Indian journal of veterinary science and animal husbandry - Volumes 24-25, 1954-1955
Year: 1954
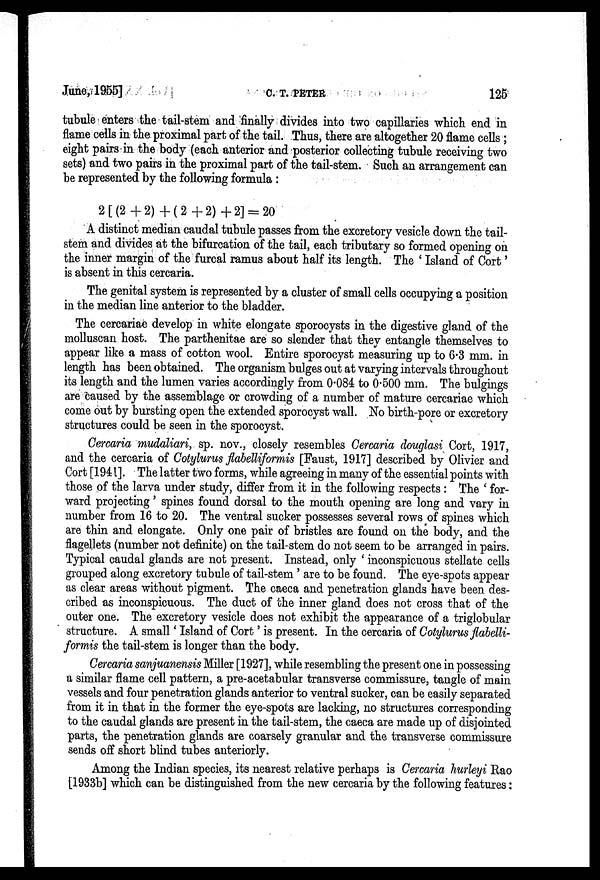
June, 1955]
C.
T.
PETER
125
tubule enters the tail-stem and finally divides into two capillaries which end in
flame cells in the proximal part of the tail. Thus, there are altogether 20 flame cells ;
eight pairs in the body (each anterior and posterior collecting tubule receiving two
sets) and two pairs in the proximal part of the tail-stem. Such an arrangement can
be represented by the following formula :
2[(2 + 2) + (2 + 2) + 2] = 20
A distinct median caudal tubule passes from the excretory vesicle down the tail-
stem and divides at the bifurcation of the tail, each tributary so formed opening on
the inner margin of the furcal ramus about half its length. The ' Island of Cort'
is absent in this cercaria.
The genital system is represented by a cluster of small cells occupying a position
in the median line anterior to the bladder.
The cercariae develop in white elongate sporocysts in the digestive gland of the
molluscan host. The parthenitae are so slender that they entangle themselves to
appear like a mass of cotton wool. Entire sporocyst measuring up to 6.3 mm. in
length has been obtained. The organism bulges out at varying intervals throughout
its length and the lumen varies accordingly from 0.084 to 0.500 mm. The bulgings
are caused by the assemblage or crowding of a number of mature cercariae which
come out by bursting open the extended sporocyst wall. No birth-pore or excretory
structures could be seen in the sporocyst.
Cercaria mudaliari, sp. nov., closely resembles Cercaria douglasi Cort, 1917,
and the cercaria of Cotylurus flabelliformis [Faust, 1917] described by Olivier and
Cort [1941]. The latter two forms, while agreeing in many of the essential points with
those of the larva under study, differ from it in the following respects : The ' for-
ward projecting' spines found dorsal to the mouth opening are long and vary in
number from 16 to 20. The ventral sucker possesses several rows of spines which
are thin and elongate. Only one pair of bristles are found on the body, and the
flagellets (number not definite) on the tail-stem do not seem to be arranged in pairs.
Typical caudal glands are not present. Instead, only ' inconspicuous stellate cells
grouped along excretory tubule of tail-stem' are to be found. The eye-spots appear
as clear areas without pigment. The caeca and penetration glands have been des-
cribed as inconspicuous. The duct of the inner gland does not cross that of the
outer one. The excretory vesicle does not exhibit the appearance of a triglobular
structure. A small' Island of Cort' is present. In the cercaria of Cotylurus flabelli-
formis the tail-stem is longer than the body.
Cercaria sanjuanensis Miller [1927], while resembling the present one in possessing
a similar flame cell pattern, a pre-acetabular transverse commissure, tangle of main
vessels and four penetration glands anterior to ventral sucker, can be easily separated
from it in that in the former the eye-spots are lacking, no structures corresponding
to the caudal glands are present in the tail-stem, the caeca are made up of disjointed
parts, the penetration glands are coarsely granular and the transverse commissure
sends off short blind tubes anteriorly.
Among the Indian species, its nearest relative perhaps is Cercaria hurleyi Rao
[1933b] which can be distinguished from the new cercaria by the following features: